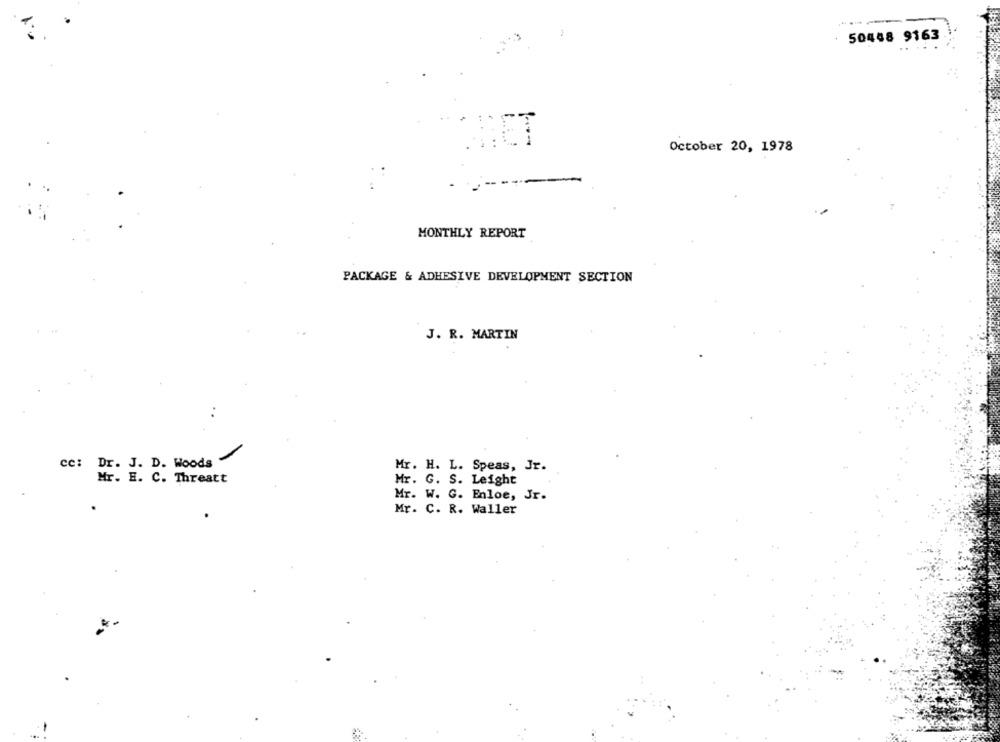
50448 9163
NIET
October 20, 1978
-----
MONTHLY REPORT
PACKAGE & ADHESIVE DEVELOPMENT SECTION
J. R. MARTIN
cc: Dr. J. D. Woods
Mr. H. L. Speas, Jr.
Mr. E. C. Threatt
Mr. G. S. Leight
Mr. W. G. Enloe, Jr.
Mr. C. R. Waller